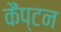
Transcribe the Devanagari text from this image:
कैंप्टन